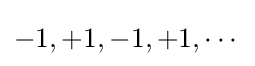
-1,+1,-1,+1,\cdots